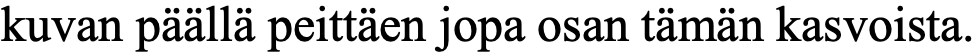
kuvan päällä peittäen jopa osan tämän kasvoista.